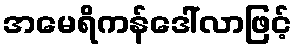
အမေရိကန်ဒေါ်လာဖြင့်